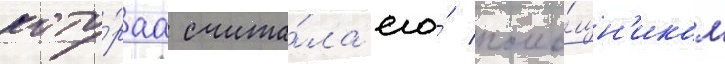
кото́раа счита́ла его́ помо́щн'иком